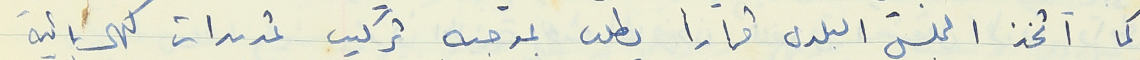
كما اتخذ المجلس البلدي قراراً يطلب بموجبه تركيب تمديدات كهربائية